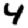
Digit: 4